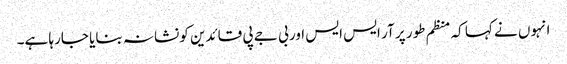
انہوں نے کہا کہ منظم طور پر آر ایس ایس اور بی جے پی قائدین کو نشانہ بنایا جارہا ہے۔